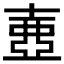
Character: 𡔲